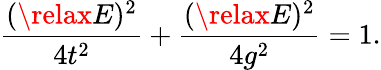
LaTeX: \frac{(\relax E)^{2}}{4t^{2}}+\frac{(\relax E)^{2}}{4g^{2}}=1.